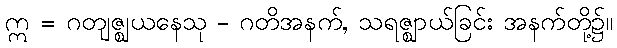
ဣ = ဂတျဇ္ဈယနေသု - ဂတိအနက်, သရဇ္ဈာယ်ခြင်း အနက်တို့၌။